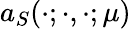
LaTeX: a_{S}(\cdot;\cdot,\cdot;\mu)